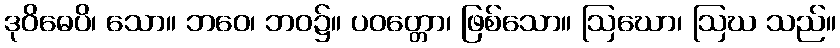
ဒုဝိဓေပိ၊ သော။ ဘဝေ၊ ဘဝ၌။ ပဝတ္တော၊ ဖြစ်သော။ ဩဃော၊ ဩဃ သည်။